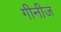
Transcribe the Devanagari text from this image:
गीनीज